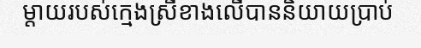
ម្តាយរបស់ក្មេងស្រីខាងលើបាននិយាយប្រាប់